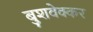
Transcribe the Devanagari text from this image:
बुशवेक्कर